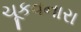
ચૂકવનારા